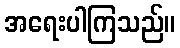
အရေးပါကြသည်။